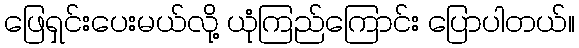
ဖြေရှင်းပေးမယ်လို့ ယုံကြည်ကြောင်း ပြောပါတယ်။